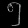
Digit: ၅